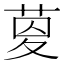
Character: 𦱟